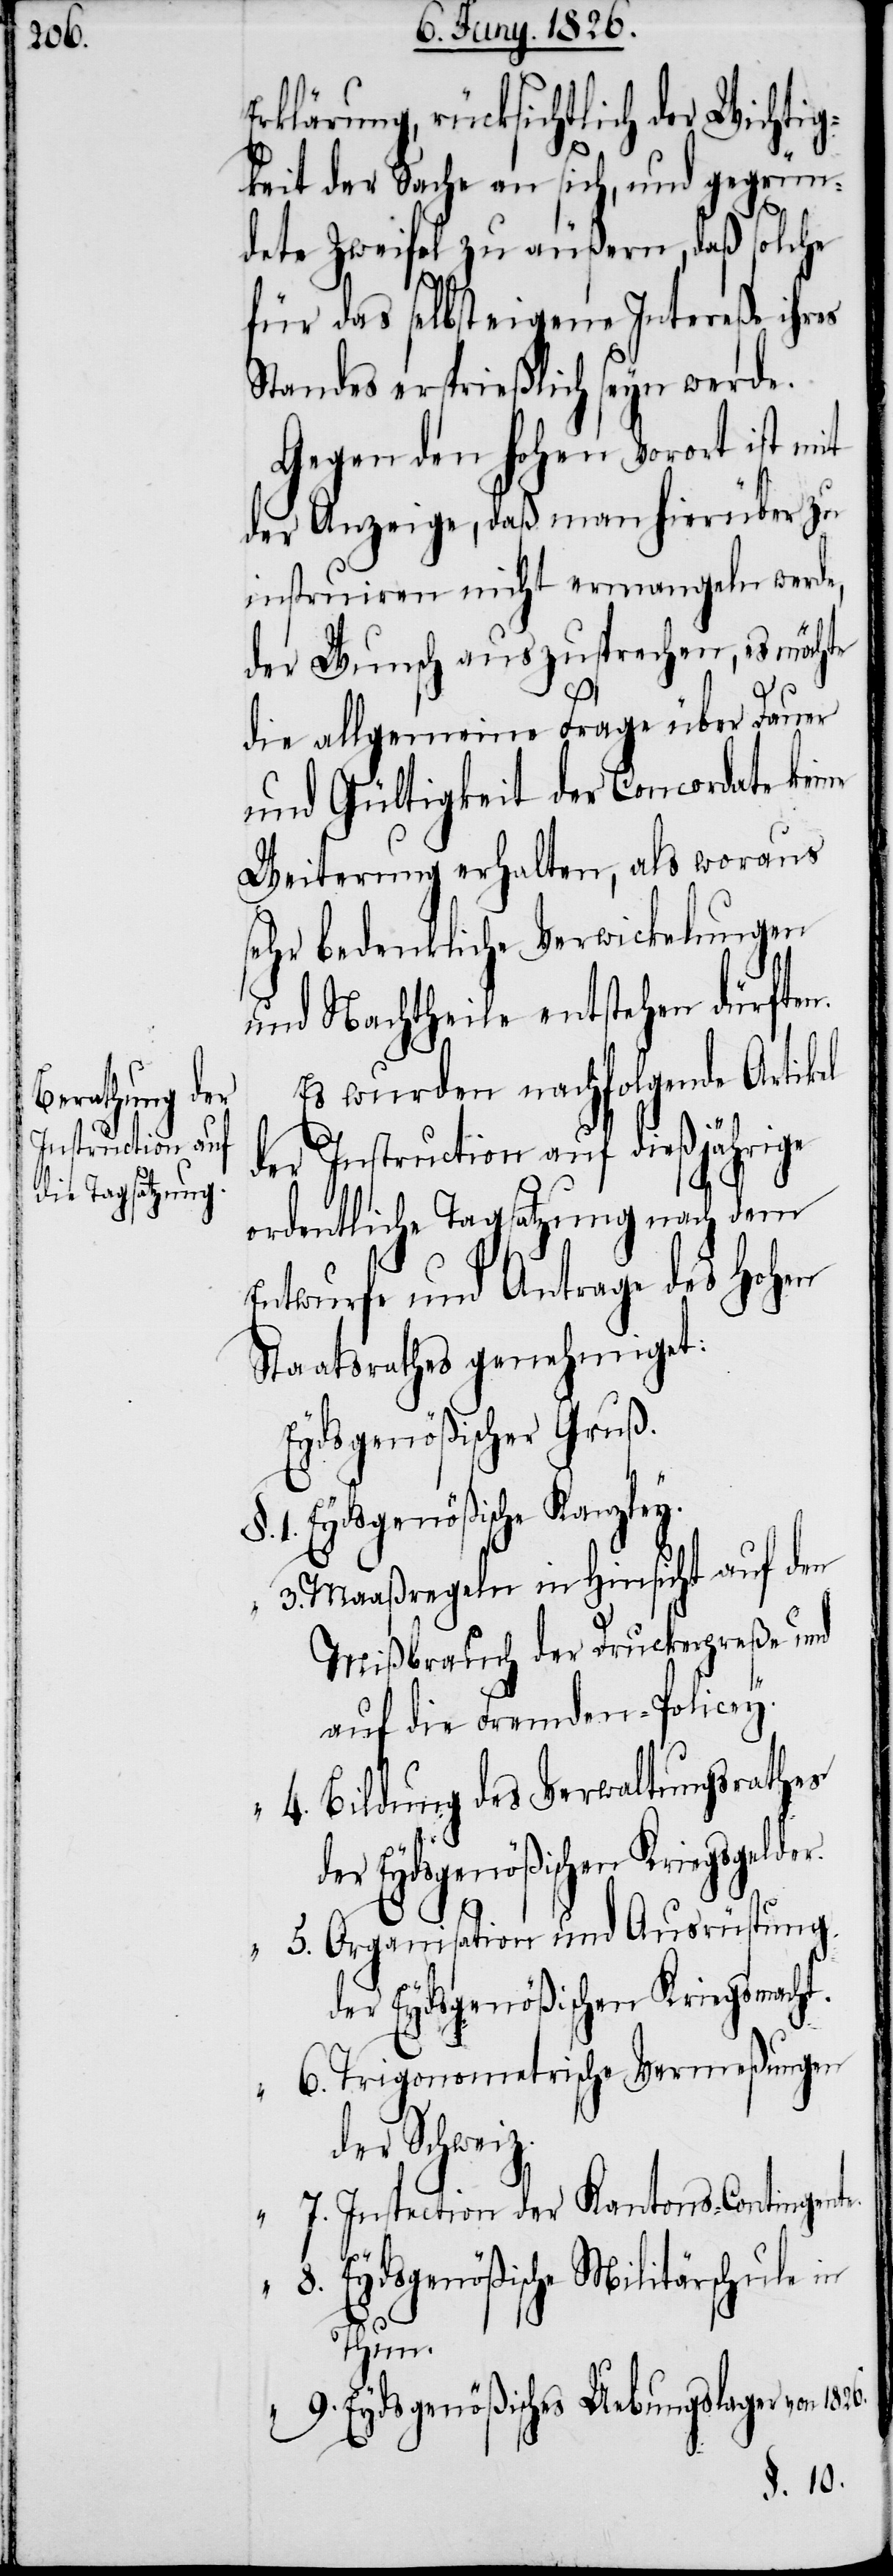
1826.

Erklärung, rücksichtlich der Wichtig¬
4.
keit der Sache an sich, und gegrün¬
dete Zweifel zu äußern, daß solche
für das selbst eigene Intereße ihres
Standes ersprießlich seyn werde.
Gegen den hohen Vorort ist mit
der Anzeige, daß man hierüber zu
instruiren nicht ermangeln werde,
der Wunsch auszusprechen, es möchte
die allgemeine Frage über Dauer
und Gültigkeit der Concordate keine
Weiterung erhalten, als woraus
sehr bedenkliche Verwickelungen
und Nachtheile entstehen dürften.
Es wurden nachfolgende Artikel
der Instruction auf dießjährige
ordentliche Tagsatzung nach dem
Entwurfe und Antrage des Hohen
Staatsrathes genehmiget:
Eydsgenößischer Gruß.
Eydsgenößische Kanzley.
Maaßregeln in Hinsicht auf den
Mißbrauch der Druckerpreße und
auf die Fremden-Policey.
Bildung des Verwaltungsrathes
der Eydsgenößischen Kriegsgelder.
8.
Organisation und Ausrüstung
der Eydsgenößischen Kriegsmacht.
Trigonometrische Vermeßungen
der Schweiz.
Instruction der Kantons-Contingente.
Eydsgenößische Militärschule in
Thun.
Eydsgenößisches Uebungslager von